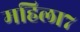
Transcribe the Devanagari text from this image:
महिला७